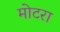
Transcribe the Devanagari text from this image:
मोटरा